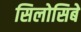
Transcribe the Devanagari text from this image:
सिलोसिबे